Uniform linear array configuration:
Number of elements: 32
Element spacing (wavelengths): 1
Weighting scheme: kaiser
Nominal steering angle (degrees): -45
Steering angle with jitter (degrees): -43.886
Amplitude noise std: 0.05
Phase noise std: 0.05

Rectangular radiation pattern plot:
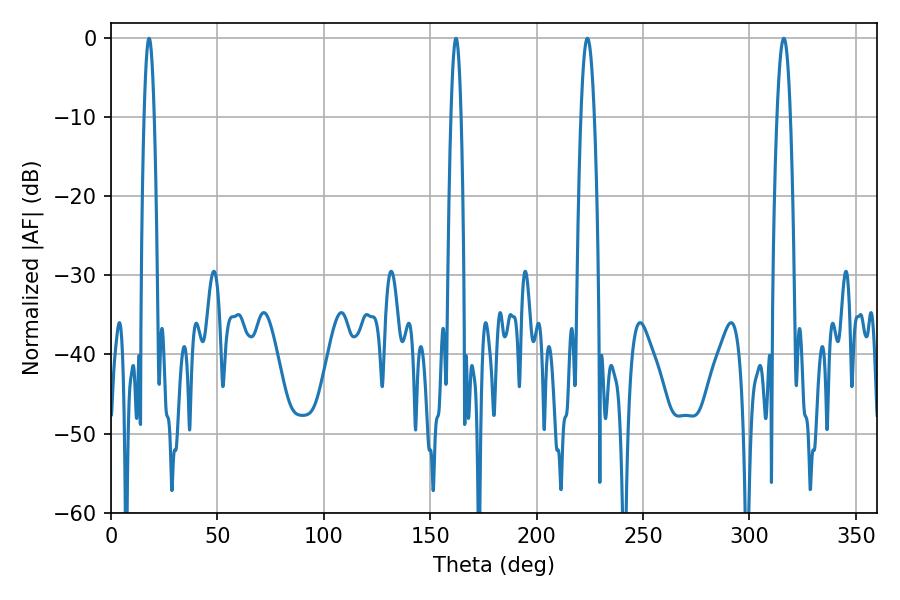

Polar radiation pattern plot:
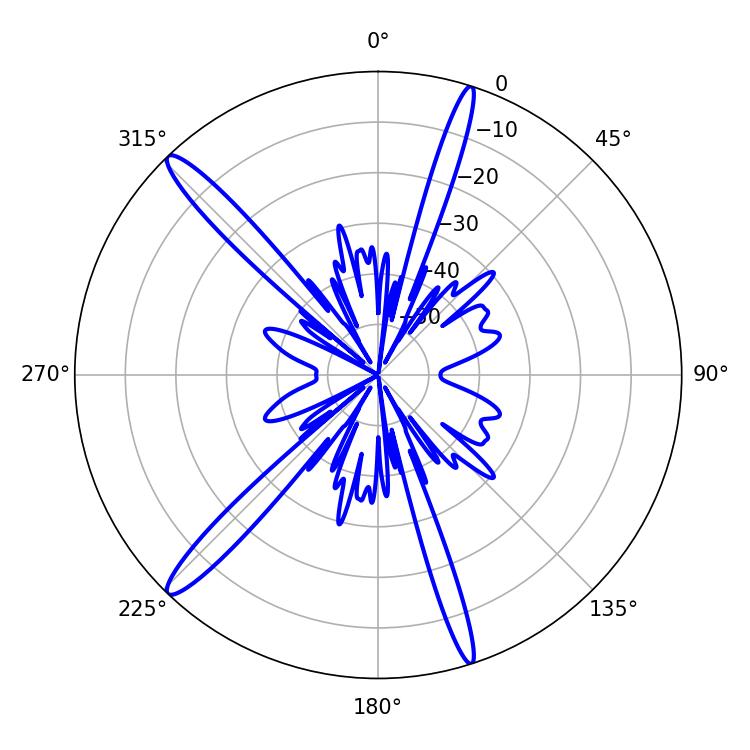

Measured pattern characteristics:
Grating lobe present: TRUE
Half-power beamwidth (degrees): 3.42
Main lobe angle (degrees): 316.08